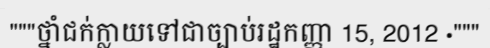
"""ថ្នាំជក់ក្លាយទៅជាច្បាប់រដ្ឋកញ្ញា 15, 2012 ·"""